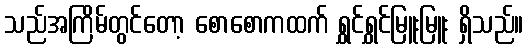
သည်အကြိမ်တွင်တော့ စောစောကထက် ရွှင်ရွှင်မြူးမြူး ရှိသည်။